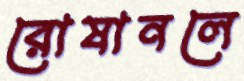
রোষানলে